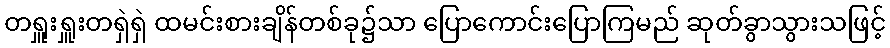
တရှူးရှူးတရှဲရှဲ ထမင်းစားချိန်တစ်ခု၌သာ ပြောကောင်းပြောကြမည် ဆုတ်ခွာသွားသဖြင့်